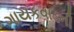
ગાયકવાડની